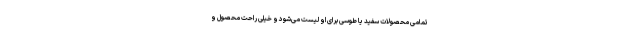
تمامی محصولات سفید یا طوسی برای او لیست می‌شود و خیلی راحت محصول و